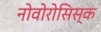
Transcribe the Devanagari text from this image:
नोवोरोसिस्क